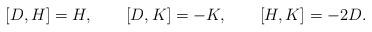
LaTeX: \begin{align*}[D,H] = H, \qquad [D,K] = -K, \qquad [H,K] = -2D.\end{align*}